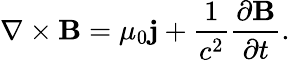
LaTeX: \nabla\times{\mathbf{B}}={\mu_{0}}{\mathbf{j}}+\frac{1}{{{c^{2}}}}\frac{{\partial{\mathbf{B}}}}{{\partial t}}.